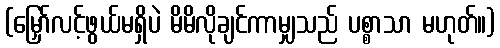
(မြှော်လင့်ဖွယ်မရှိပဲ မိမိလိုချင်ကာမျှသည် ပစ္စာသာ မဟုတ်။)